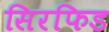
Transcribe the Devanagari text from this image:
सिरफिड